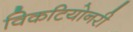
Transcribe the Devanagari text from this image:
विकटियोनरी